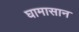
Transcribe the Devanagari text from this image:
घामासान